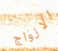
الازواج